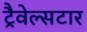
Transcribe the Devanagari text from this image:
ट्रैवेल्सटार